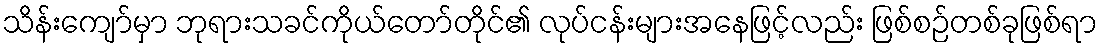
သိန်းကျော်မှာ ဘုရားသခင်ကိုယ်တော်တိုင်၏ လုပ်ငန်းများအနေဖြင့်လည်း ဖြစ်စဉ်တစ်ခုဖြစ်ရာ